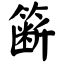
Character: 簖